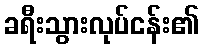
ခရီးသွားလုပ်ငန်း၏